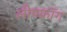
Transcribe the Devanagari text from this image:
लीपफ्रॉग